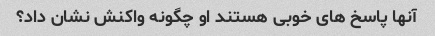
آنها پاسخ های خوبی هستند او چگونه واکنش نشان داد؟